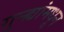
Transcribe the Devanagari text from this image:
गुन्ह्यांमधून